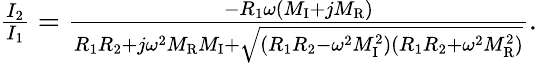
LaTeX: \begin{array}{r}{\frac{I_{2}}{I_{1}}=\frac{-R_{1}\omega(M_{\mathrm{I}}+jM_{\mathrm{R}})}{R_{1}R_{2}+j\omega^{2}M_{\mathrm{R}}M_{\mathrm{I}}+\sqrt{(R_{1}R_{2}-\omega^{2}M_{\mathrm{I}}^{2})(R_{1}R_{2}+\omega^{2}M_{\mathrm{R}}^{2})}}.}\end{array}